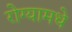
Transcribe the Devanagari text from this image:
रोग्यामधे